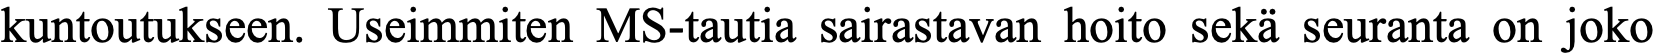
kuntoutukseen. Useimmiten MS-tautia sairastavan hoito sekä seuranta on joko